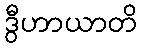
ဒွီဟာယာတိ